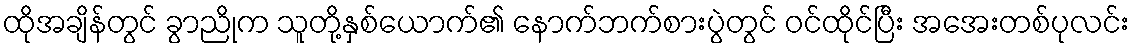
ထိုအချိန်တွင် ခွာညိုက သူတို့နှစ်ယောက်၏ နောက်ဘက်စားပွဲတွင် ဝင်ထိုင်ပြီး အအေးတစ်ပုလင်း